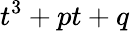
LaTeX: t^{3}+pt+q